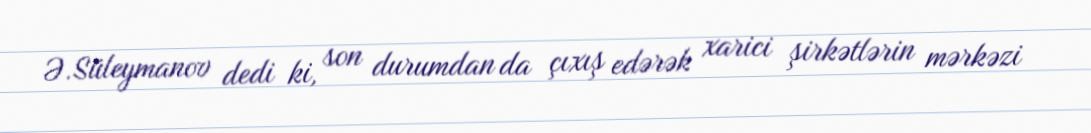
Ə.Süleymanov dedi ki, son durumdan da çıxış edərək xarici şirkətlərin mərkəzi